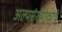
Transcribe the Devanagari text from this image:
अल्पसंख्यांकांचे